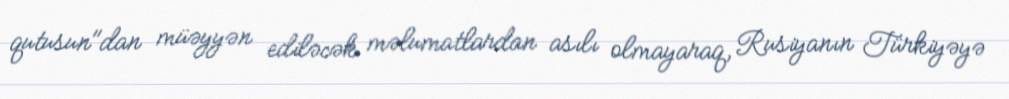
qutusun"dan müəyyən ediləcək məlumatlardan asılı olmayaraq, Rusiyanın Türkiyəyə